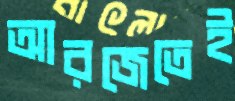
আরজেতেই